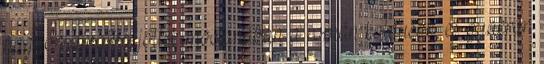
nagyon divatba jöttek mostanában a román koldusok, és gyakran